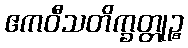
ဧကဝီသတိက္ခတ္တုဉ္စ